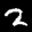
Label: 2